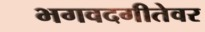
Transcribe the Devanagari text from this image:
भगवदगीतेवर